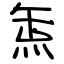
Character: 缹